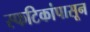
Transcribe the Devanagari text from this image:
स्फटिकांपासून